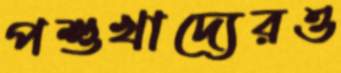
পশুখাদ্যেরও